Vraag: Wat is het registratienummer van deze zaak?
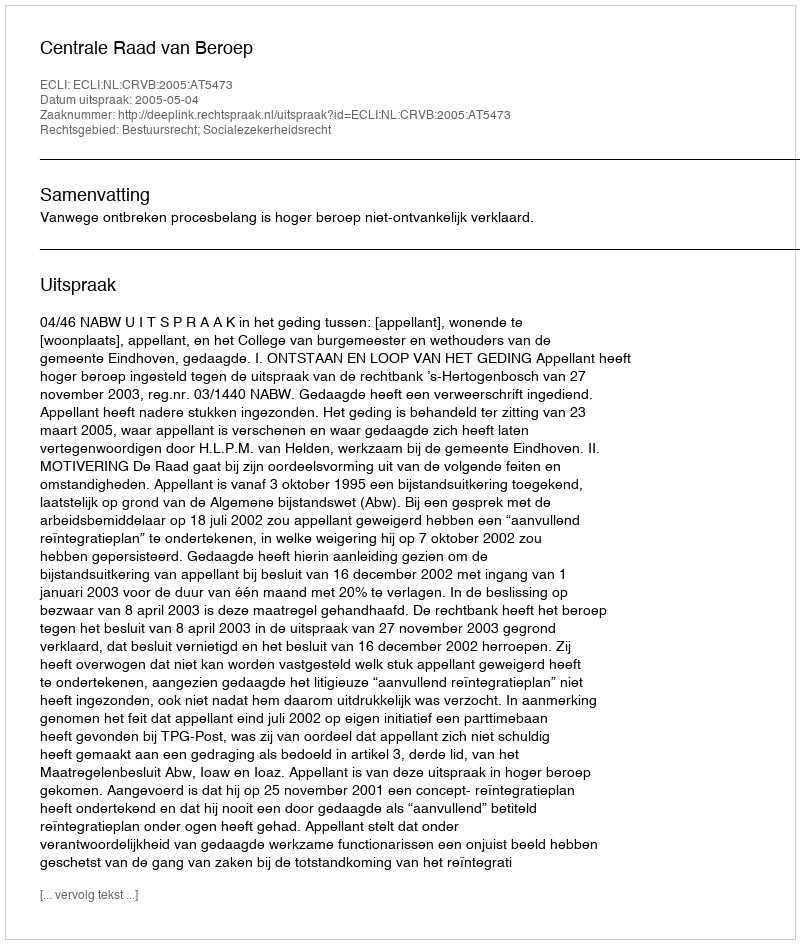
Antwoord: http://deeplink.rechtspraak.nl/uitspraak?id=ECLI:NL:CRVB:2005:AT5473